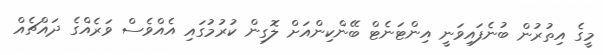
މީގެ އިތުރުން ބުނެފައިވަނީ އިންޓަނެޓް ބޭންކިންއަށް ލޮގިން ކުރުމުގައި އެއްވެސް ވަރެއްގެ ދައްޗެއް